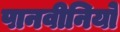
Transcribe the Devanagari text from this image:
पानवीनियो